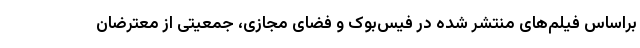
براساس فیلم‌های منتشر شده در فیس‌بوک و فضای مجازی، جمعیتی از معترضان